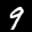
Label: 9